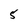
Character: 5